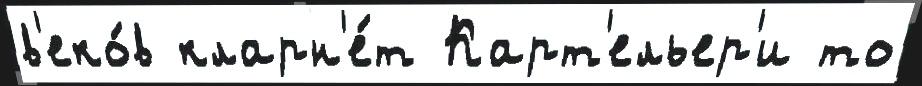
в'еко́в кларн'е́т Карт'ельер'и то